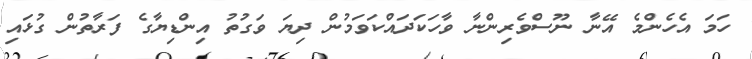
ހަމަ އެހެންމެ އޭނާ ނޫސްވެރިންނާ ވާހަކަދައްކަވަމުން ދިޔަ ވަގުތު އިންޑިޔާގެ ފަރާތުން ގުޅައި